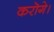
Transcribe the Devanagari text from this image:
करॊगे।